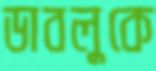
ডাবলুকে